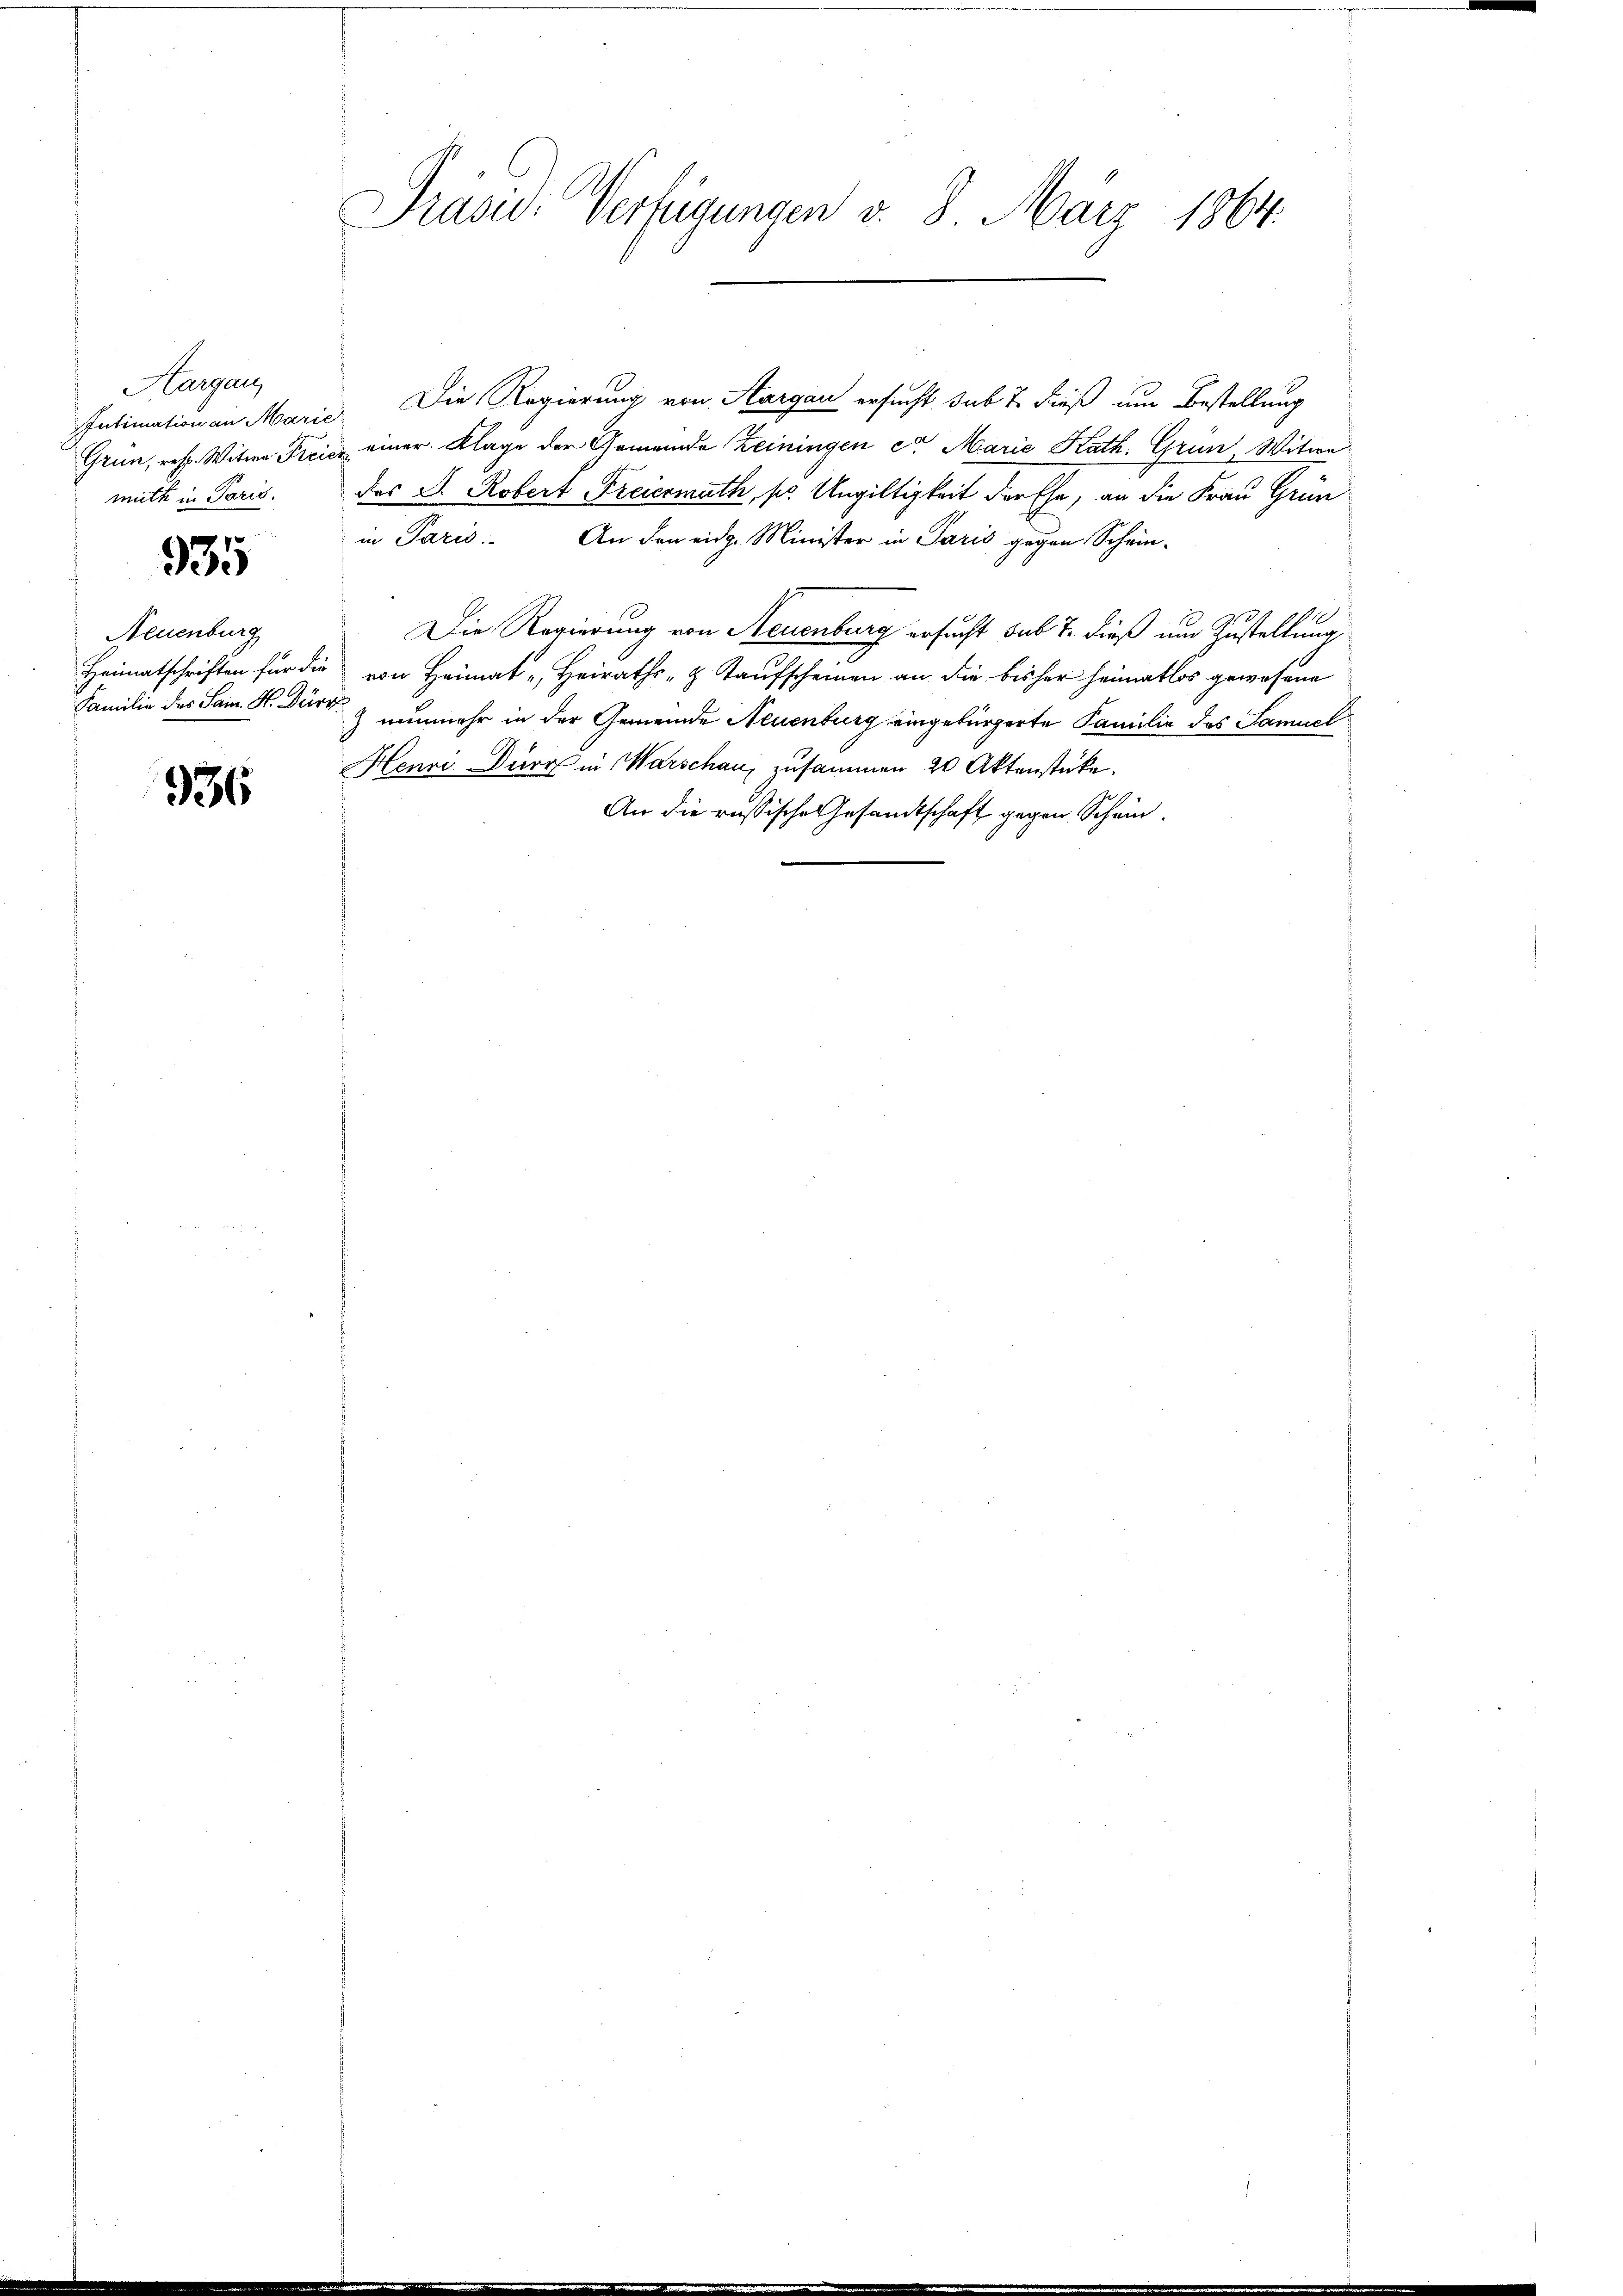
Aargau,
Grün, resp. Witwe Fre
muth in Paris.

935

Neuenburg

936

1
Prasie: Verfügungen d. 8. J Järz 1864.

Intimation an Marie. Die Regierung von Aargau ersucht, sub 7 dieß um Bestellung
 einer Klage der Gemeinde Zeiningen et Marie Kath. Grün, Witwe
des J. Robert Freiermuth, s. Ungültigkeit der Ehe, an die Frau Grünin Paris. An den eidg. Minister in Paris gegen Schein-
1
Die Regierung von Steuenburg ersucht sub 7. dieß um Zustellung
Heimatschriften für die von Heimat „Heiraths- & Kaufscheinen an die bisher heimatlos gewesene
Familie des Sam. H. Dürre & nunmehr in der Gemeinde Neuenburg eingebürgerte Familie des Samuel
Henri Durch in Warschau, zusammen 20 Aktenstücke.
An die russische Gesandtschaft gegen Schein¬